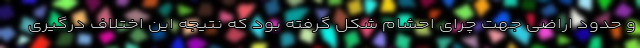
و حدود اراضی جهت چرای احشام شکل گرفته بود که نتیجه این اختلاف درگیری